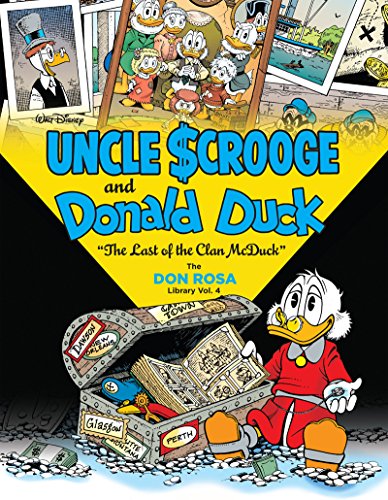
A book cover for Walt Disney Uncle Scrooge And Donald Duck The Don Rosa Library Vol. 4: "The Last of the Clan McDuck" (The Don Rosa Library); Don Rosa; Comics & Graphic Novels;